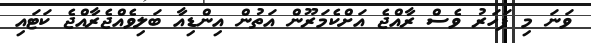
ވަނަ މި ފަހަރު ވެސް ރާއްޖެ އަށްކެމަރޫން އަތުން އިންޑިއާ ބަލިވެއްޖެރާއްޖެ ކަޓައި